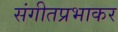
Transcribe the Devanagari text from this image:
संगीतप्रभाकर